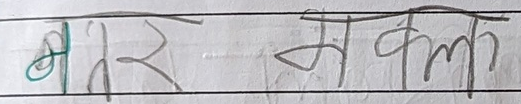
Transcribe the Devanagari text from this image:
आज सम्म